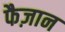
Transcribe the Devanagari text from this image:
फैज़ान